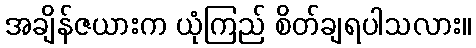
အချိန်ဇယားက ယုံကြည် စိတ်ချရပါသလား။